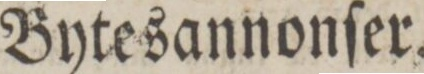
Bytesannonſer.